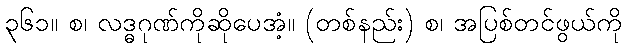
၃၆၁။ စ၊ လဒ္ဓဂုဏ်ကိုဆိုပေအံ့။ (တစ်နည်း) စ၊ အပြစ်တင်ဖွယ်ကို